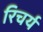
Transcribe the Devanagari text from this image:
रिचर्य